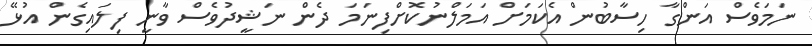
ނަމަވެސް އަންގާ ހިސާބުން އެކަމަށް އަމަލްނުކޮށްފިނަމަ ދެން ނަޝީދުވެސް ވާނީ ފިލައިގެން އުޅޭ